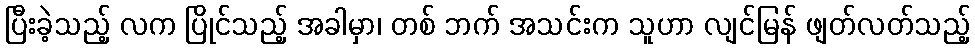
ပြီးခဲ့သည့် လက ပြိုင်သည့် အခါမှာ၊ တစ် ဘက် အသင်းက သူဟာ လျင်မြန် ဖျတ်လတ်သည့်